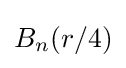
B_{n}(r/4)